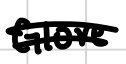
Text: Glove
Cross-out: double-line
Writing tool: digital_black